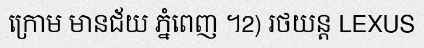
ក្រោម មានជ័យ ភ្នំពេញ ។2) រថយន្ត LEXUS